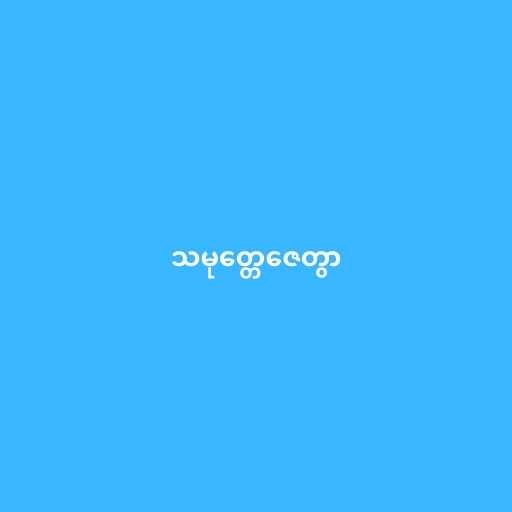
သမုတ္တေဇေတွာ